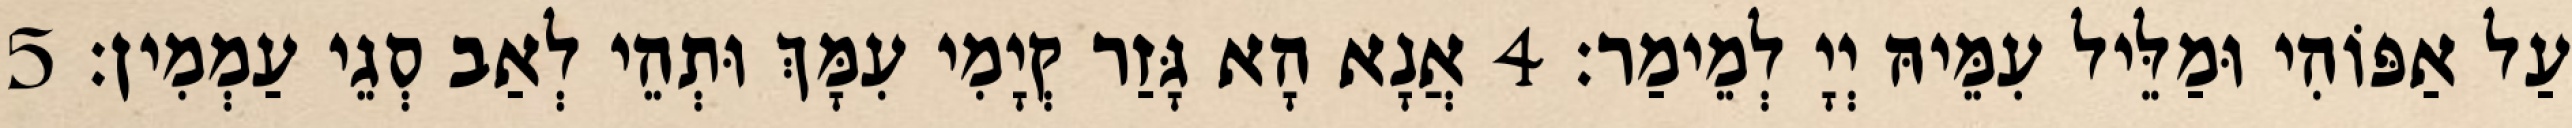
עַל אַפּוֹהִי וּמַלֵּיל עִמֵּיהּ יְיָ לְמֵימַר׃ 4 אֲנָא הָא גָּזַר קְיָמִי עִמָּךְ וּתְהֵי לְאַב סְגֵי עַמְמִין׃ 5